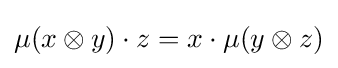
\mu (x\otimes y)\cdot z=x\cdot \mu (y\otimes z)